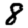
Digit: 8